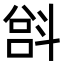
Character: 𫿵